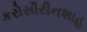
કરોસૌરીનશાહ